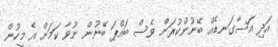
އަދި އަސާގަނޑެއް ބޭނުންކުރަން ވެސް ބައްޕަ ބޭނުން ނުވާ ކަމަށް އެ މީހުން